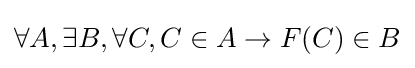
\forall A,\exists B,\forall C,C\in A\rightarrow F(C)\in B